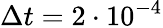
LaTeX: \Delta t=2\cdot 10^{-4}